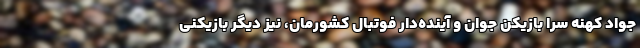
جواد کهنه سرا بازیکن جوان و آینده‌دار فوتبال کشورمان، نیز دیگر بازیکنی